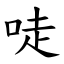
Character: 唗